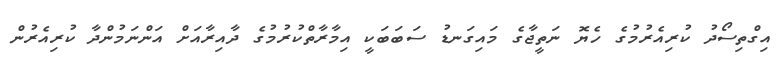
އިގްތިސޯދު ކުރިއެރުމުގެ ހެޔޮ ނަތީޖާގެ މައިގަނޑު ސަބަބަކީ އިމާރާތްކުރުމުގެ ދާއިރާއަށް އަންނަމުންދާ ކުރިއެރުން